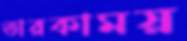
তারকাময়